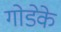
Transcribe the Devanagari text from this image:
गोडेके